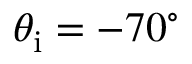
\theta _ { \mathrm { i } } = - 7 0 ^ { \circ }